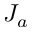
J _ { a }